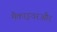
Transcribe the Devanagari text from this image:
मैकाइवरऔर